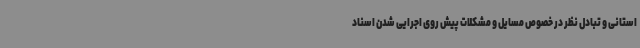
استانی و تبادل نظر در خصوص مسایل و مشکلات پیش روی اجرایی شدن اسناد